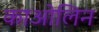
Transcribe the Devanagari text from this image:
काओलिन